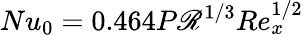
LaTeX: Nu_{0}=0.464P\mathscr{R}^{1/3}Re_{x}^{1/2}